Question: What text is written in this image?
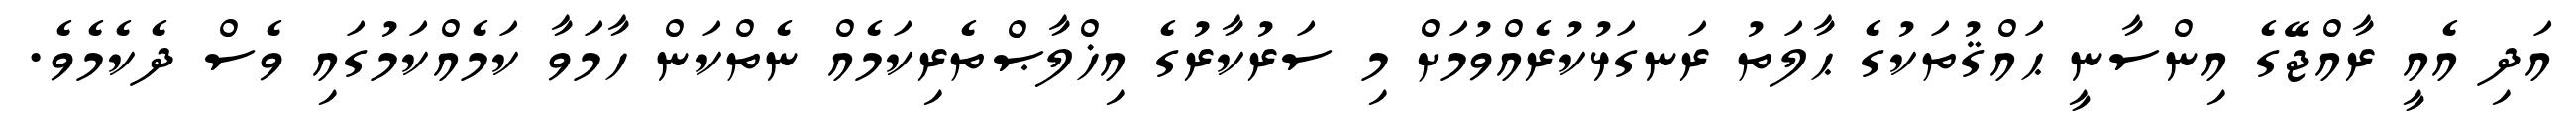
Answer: އަދި އެއީ ރާއްޖޭގެ އިންސާނީ ޙައްޤުތަކުގެ ޙާލަތު ރަނގަޅުކުރެއްވުމަށް މި ސަރުކާރުގެ އިޚްލާޞްތެރިކަމެއް ނެތްކަން ހާމަވާ ކަމެއްކަމުގައި ވެސް ދެކެމެވެ.